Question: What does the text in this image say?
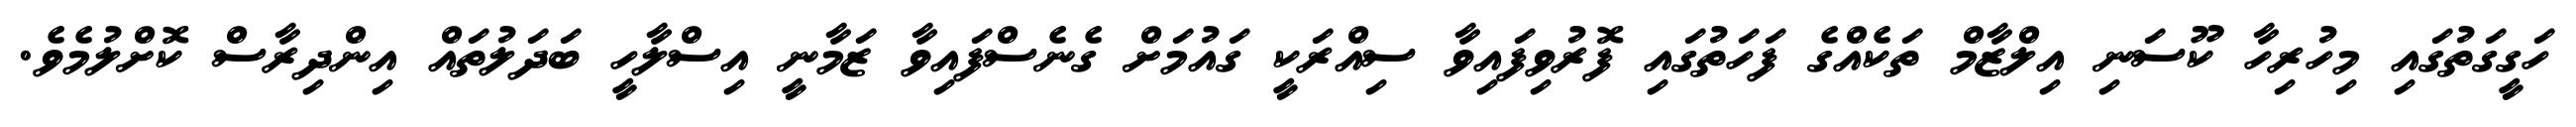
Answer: ހަގީގަތުގައި މިހުރިހާ ކޫސަނި އިލްޒާމް ތަކެއްގެ ފަހަތުގައި ފޮރުވިފައިވާ ސިއްރަކީ ގައުމަށް ގެނެސްފައިވާ ޒަމާނީ އިސްލާހީ ބަދަލުތައް އިންދިރާސް ކޮށްލުމެވެ.